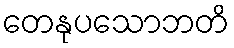
တေနုပသောဘတိ